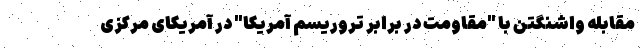
مقابله واشنگتن با "مقاومت در برابر تروریسم آمریکا" در آمریکای مرکزی